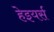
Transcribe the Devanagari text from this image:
हेइयर्स